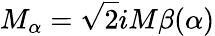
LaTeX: M_{\alpha}=\sqrt{2}iM\beta(\alpha)